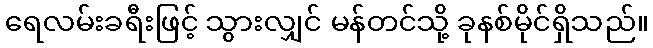
ရေလမ်းခရီးဖြင့် သွားလျှင် မန်တင်သို့ ခုနစ်မိုင်ရှိသည်။